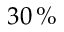
3 0 \, \%